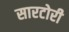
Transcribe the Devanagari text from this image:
सारटोरी